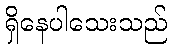
ရှိနေပါသေးသည်